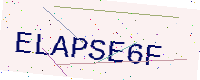
Text: ELAPSE6F